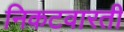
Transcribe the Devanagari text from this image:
निकटवारती